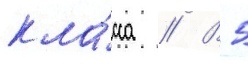
кла́сса // В 5